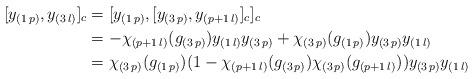
LaTeX: \begin{align*} [y_{(1\,p)},y_{(3\,l)}]_c&=[y_{(1\,p)},[y_{(3\,p)},y_{(p+1\,l)}]_c]_c\\&=-\chi_{(p+1\,l)}(g_{(3\,p)})y_{(1\,l)}y_{(3\,p)}+\chi_{(3\,p)}(g_{(1\,p)})y_{(3\,p)}y_{(1\,l)}\\&=\chi_{(3\,p)}(g_{(1\,p)})(1-\chi_{(p+1\,l)}(g_{(3\,p)})\chi_{(3\,p)} (g_{(p+1\,l) }))y_{(3\,p)}y_ {(1\,l)}\end{align*}